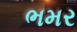
ભમર